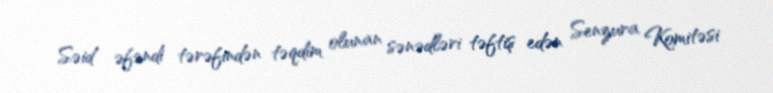
Səid əfəndi tərəfindən təqdim olunan sənədləri təftiş edən Senzura Komitəsi